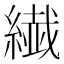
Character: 繊